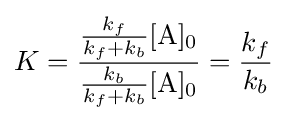
K={\frac {{\frac {k_{f}}{k_{f}+k_{b}}}[{\mathrm {A} }]_{0}}{{\frac {k_{b}}{k_{f}+k_{b}}}[{\mathrm {A} }]_{0}}}={\frac {k_{f}}{k_{b}}}